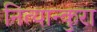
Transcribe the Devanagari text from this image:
नित्यान्कुरा